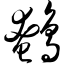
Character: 鹌